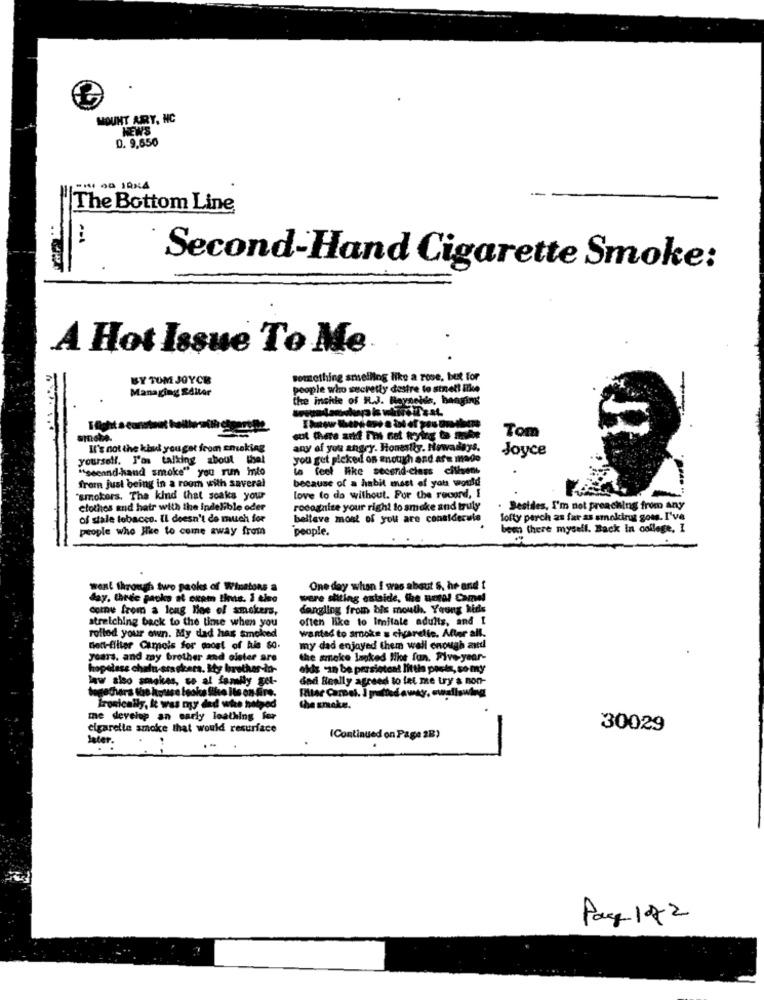
MOUNT ARY, NC
NEWS
D. 9,650
The Bottom Line
Second-Hand Cigarette Smoke:
A Hot Issue To Me
BY TUM JOYCE
omething smelling like a rose, but for
Managing SALAr
people who sucretty destre to stnet! like
the inchle of R.J. Reynolds, hanging
Tom
It's not the kind youget from smoking
any of you angry. Honestly. Howailays.
Joyce
yourself. J'os talking about thel
you get picked os enough and are mad
"second-hand smoke" you run into
la feel like secend-class cilisen
because of a habil mast of you would
from just being in a room with saveral
"smokers. The kind that soaks your
love to do without. For the record, I
clothes and hatr with the indelible oder
rocognize your right to smoke and truly
Besides, I'm not preaching from any
of sale tobacco. Il doesn't do much for
belteve most of you are conaldecule
lofty perch as far as smoking goes. I've
people who Hike to come away from
people.
bem there myself. Back In college, I
went through two packs of Winstons a
One day when I gras about S. he and t
day. Crie paoks sf exem thus. i tie
were sitting outside, the antal Camel
come from a long Hoe of smokers,
dangling from bis mouth. Yeong kids
often like to Imitale adults, and I
roflod your own. My dad has smoked
stretching back to the time when you
wanted to smoke s chrarelic. After all.
Dont-filter Campois for most of his 80.
my dad enjoyed them well enough and
years, and my brother and sister are
the smoke Inked like fan. Five-year-
hopeless chalu ars skera. Ity brother-in-
akis can be persietcat little posts, so my
law also smokes, se al family get-
dad Really agreed to let me try & non-
egathers the house looks like Its on fire.
Filter Camel. I pulled away, swallowing
Ironically, it was my dad whe hatred
the smoke.
.
me develop an early loathing for
cigarette smoke that would resurface
30029
Jeter.
(Continued on Page 28)
-
Page 1072